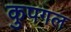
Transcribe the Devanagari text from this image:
कुपगल